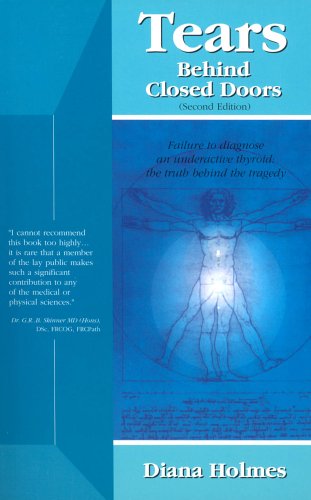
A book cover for Tears Behind Closed Doors: Failure to Diagnose a Thyroid Condition; Diana Holmes; Health, Fitness & Dieting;